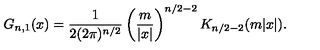
G _ { n , 1 } ( x ) = { \frac { 1 } { 2 ( 2 \pi ) ^ { n / 2 } } } \left( { \frac { m } { | x | } } \right) ^ { n / 2 - 2 } K _ { n / 2 - 2 } ( m | x | ) .